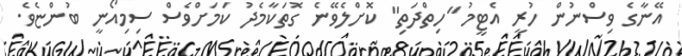
އޭނާގެ ވިސްނުން ހުރީ އެޓީމު "ހިތްދަތި" ކޮށްލެވޭނެ ގޮތަކާމެދު ކަމަށްވެސް ސިމިއޯނީ ބުންޏެވެ.